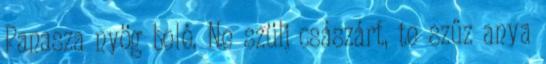
Panasza nyög belé. Ne szülj császárt, te szűz anya